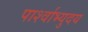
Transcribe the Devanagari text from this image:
पार्श्वाभ्युदय